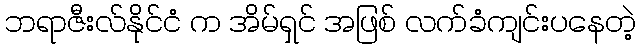
ဘရာဇီးလ်နိုင်ငံ က အိမ်ရှင် အဖြစ် လက်ခံကျင်းပနေတဲ့